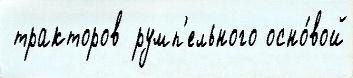
 тракторов румп'ельного осно́вой